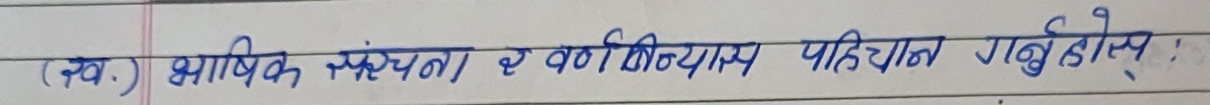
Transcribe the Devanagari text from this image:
(ख) भाषिक संरचना र वर्गीकरण पहिचान गर्नुहोस्।